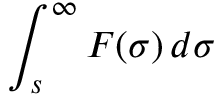
\int _ { s } ^ { \infty } F ( \sigma ) \, d \sigma